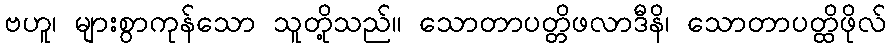
ဗဟူ၊ များစွာကုန်သော သူတို့သည်။ သောတာပတ္တိဖလာဒီနိ၊ သောတာပတ္ထိဖိုလ်